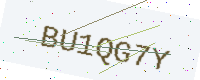
Text: BU1QG7Y